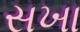
સખા